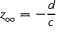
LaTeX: z _ { \infty } = - { \frac { d } { c } }